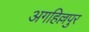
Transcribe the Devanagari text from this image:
अगहिल्लपुर